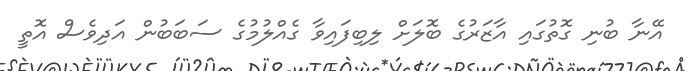
އޭނާ ބުނި ގޮތުގައި އާޒަރުގެ ބޮލަށް ލިބިފައިވާ ގެއްލުމުގެ ސަބަބުން އަދިވެސް އޮތީ